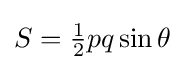
S={\tfrac {1}{2}}pq\sin \theta